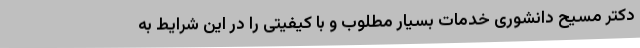
دکتر مسیح دانشوری خدمات بسیار مطلوب و با کیفیتی را در این شرایط به